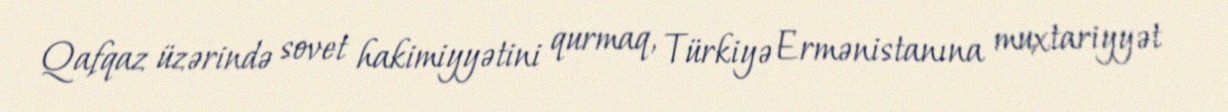
Qafqaz üzərində sovet hakimiyyətini qurmaq, Türkiyə Ermənistanına muxtariyyət